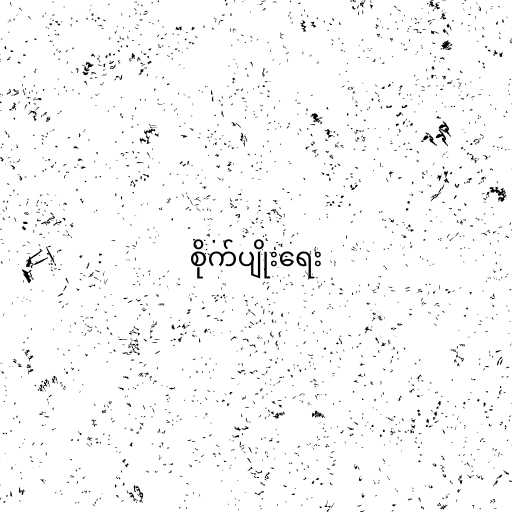
စိုက်ပျိုးရေး